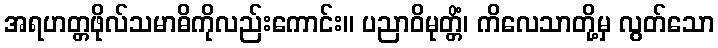
အရဟတ္တဖိုလ်သမာဓိကိုလည်းကောင်း။ ပညာဝိမုတ္တိံ၊ ကိလေသာတို့မှ လွတ်သော